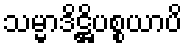
သမ္မာဒိဋ္ဌိပစ္စယာပိ